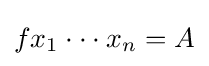
fx_{1}\cdot \cdot \cdot x_{n}=A